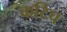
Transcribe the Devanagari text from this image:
कटिच